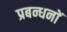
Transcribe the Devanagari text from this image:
प्रबन्धनाें